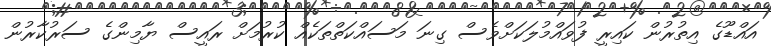
އައްޑޫގެ އިތުރުން ކައިރީ ފުވައްމުލަކަށްވެސް ގިނަ މަސައްކަތްތަކެއް ކުރުމަށް ރައީސް ޔާމިންގެ ސަރުކާރުން